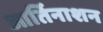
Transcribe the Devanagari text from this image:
आर्तिनाशन